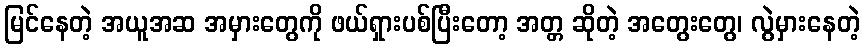
မြင်နေတဲ့ အယူအဆ အမှားတွေကို ဖယ်ရှားပစ်ပြီးတော့ အတ္တ ဆိုတဲ့ အတွေးတွေ၊ လွဲမှားနေတဲ့